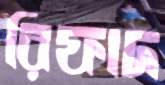
রিফাদ